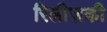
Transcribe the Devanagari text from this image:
रिलीज़की